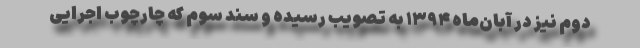
دوم نیز در آبان‌ماه ۱۳۹۴ به تصویب رسیده و سند سوم که چارچوب اجرایی